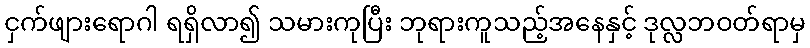
ငှက်ဖျားရောဂါ ရရှိလာ၍ သမားကုပြီး ဘုရားကူသည့်အနေနှင့် ဒုလ္လဘဝတ်ရာမှ